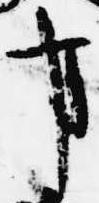
事